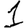
Digit: 1